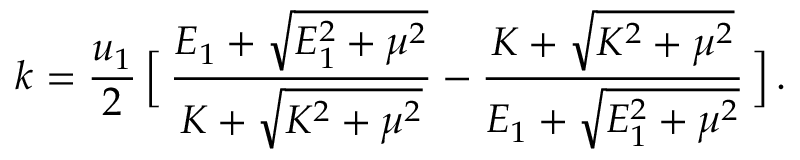
k = { \frac { u _ { 1 } } { 2 } } \, \Big [ \, { \frac { { \cal E } _ { 1 } + \sqrt { { \cal E } _ { 1 } ^ { 2 } + \mu ^ { 2 } } } { K + \sqrt { K ^ { 2 } + \mu ^ { 2 } } } } - { \frac { K + \sqrt { K ^ { 2 } + \mu ^ { 2 } } } { { \cal E } _ { 1 } + \sqrt { { \cal E } _ { 1 } ^ { 2 } + \mu ^ { 2 } } } } \, \Big ] \, .